Report on vaccination in the Province of Bengal - 1869-1873
Year: 1869
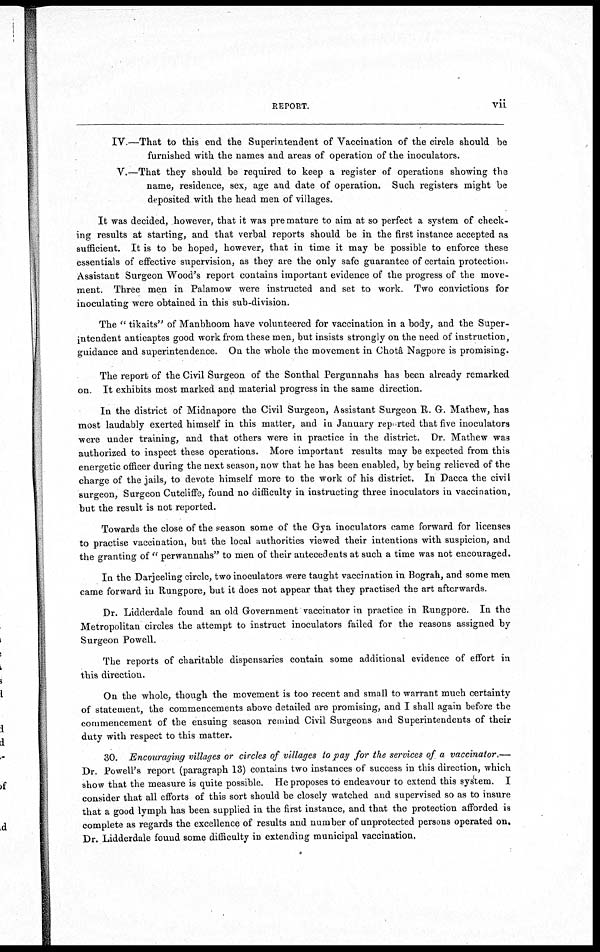
REPORT.
vii
IV —That to this end the Superintendent of Vaccination of the circle should be
furnished with the names and areas of operation of the inoculators.
V.—That they should be required to keep a register of operations showing the
name, residence, sex, age and date of operation. Such registers might be
deposited with the head men of villages.
It was decided, however, that it was pre mature to aim at so perfect a system of check-
ing results at starting, and that verbal reports should be in the first instance accepted as
sufficient. It is to be hoped, however, that in time it may be possible to enforce these
essentials of effective supervision, as they are the only safe guarantee of certain protection.
Assistant Surgeon Wood's report contains important evidence of the progress of the move-
ment. Three men in Palamow were instructed and set to work. Two convictions for
inoculating were obtained in this sub-division.
The " tikaits" of Manbhoom have volunteered for vaccination in a body, and the Super-
intendent anticaptes good work from these men, but insists strongly on the need of instruction,
guidance and superintendence. On the whole the movement in Chotâ Nagpore is promising.
The report of the Civil Surgeon of the Sonthal Pergunnahs has been already remarked
on. It exhibits most marked and material progress in the same direction.
In the district of Midnapore the Civil Surgeon, Assistant Surgeon R. G. Mathew, has
most laudably exerted himself in this matter, and in January reported that five inoculators
were under training, and that others were in practice in the district. Dr. Mathew was
authorized to inspect these operations. More important results may be expected from this
energetic officer during the next season, now that he has been enabled, by being relieved of the
charge of the jails, to devote himself more to the work of his district. In Dacca the civil
surgeon, Surgeon Cutcliffe, found no difficulty in instructing three inoculators in vaccination,
but the result is not reported.
Towards the close of the season some of the Gya inoculators came forward for licenses
to practise vaccination, but the local authorities viewed their intentions with suspicion, and
the granting of " perwannahs" to men of their antecedents at such a time was not encouraged.
In the Darjeeling circle, two inoculators were taught vaccination in Bograh, and some men
came forward in Rungpore, but it does not appear that they practised the art afterwards.
Dr. Lidderdale found an old Government vaccinator in practice in Rungpore. In the
Metropolitan circles the attempt to instruct inoculators failed for the reasons assigned by
Surgeon Powell.
The reports of charitable dispensaries contain some additional evidence of effort in
this direction.
On the whole, though the movement is too recent and small to warrant much certainty
of statement, the commencements above detailed are promising, and I shall again before the
commencement of the ensuing season remind Civil Surgeons and Superintendents of their
duty with respect to this matter.
30. Encouraging villages or circles of villages to pay for the services of a vaccinator.—
Dr. Powell's report (paragraph 13) contains two instances of success in this direction, which
show that the measure is quite possible. He proposes to endeavour to extend this system. I
consider that all efforts of this sort should be closely watched and supervised so as to insure
that a good lymph has been supplied in the first instance, and that the protection afforded is
complete as regards the excellence of results and number of unprotected persons operated on.
Dr. Lidderdale found some difficulty in extending municipal vaccination.